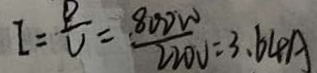
I = \frac { P } { U } = \frac { 8 0 0 W } { 2 2 0 V } = 3 . 6 4 A